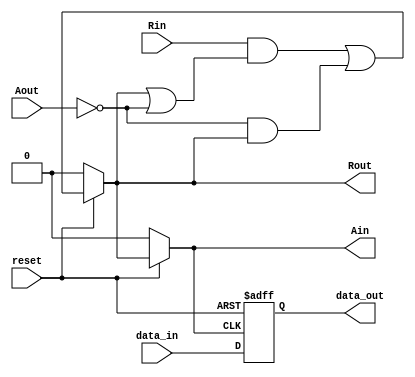
`timescale 1ns/10ps
module STG(reset,Rin,Aout,Rout,Ain,data_in,data_out);

input reset,Rin,Aout;
input [3:0]data_in;
output Rout,Ain;
output [3:0]data_out;

reg Rout,Ain,Lt;
reg [3:0]data_out;

always@(*)
begin
  if(reset==0)
    begin
      #1 Rout <= 0;
      Ain <= 0;
      Lt <= 0;
    end
  else
    begin
      #1 Rout <= (Rin && (Rout || ~Aout)) || (~Aout && Rout);
      Ain <= Rout;
      Lt <= Rout;
    end    
end

always@(negedge reset or posedge Lt)
begin
  if(reset==0)
    data_out <= 0;
  else
    data_out <= data_in;
end
endmodule